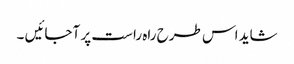
شاید اس طرح راہ راست پر آجائیں ۔